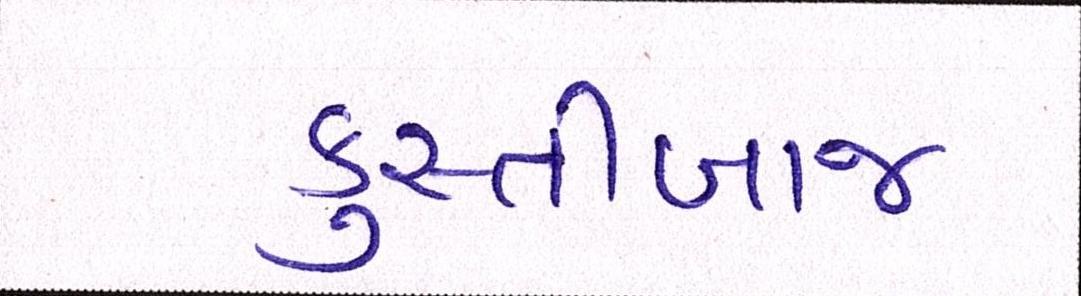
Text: કુસ્તીબાજ